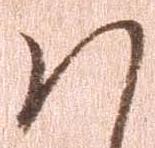
ハ